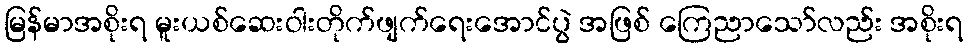
မြန်မာအစိုးရ မူးယစ်ဆေးဝါးတိုက်ဖျက်ရေးအောင်ပွဲ အဖြစ် ကြေညာသော်လည်း အစိုးရ